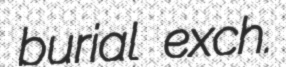
burial exch.